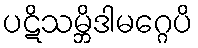
ပဋိသမ္ဘိဒါမဂ္ဂေပိ